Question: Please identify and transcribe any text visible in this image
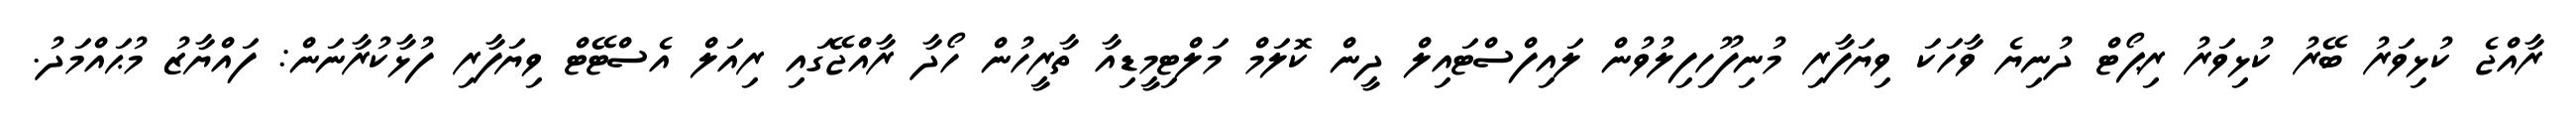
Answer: ރާއްޖެ ކުޅިވަރު ބޭރު ކުޅިވަރު ރިޕޯޓް ދުނިޔެ ވާހަކަ ވިޔަފާރި މުނިފޫހިފިލުވުން ލައިފްސްޓައިލް ދީން ކޮލަމް މަލްޓިމީޑިއާ ތާރީހުން ހޯދާ ރާއްޖޭގައި ރިއަލް އެސްޓޭޓް ވިޔަފާރި ފުޅާކުރާނަން: ފައްޔާޒު މުޙައްމަދު.